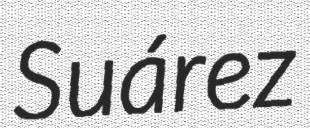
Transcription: Suárez